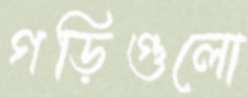
গড়িগুলো